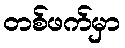
တစ်ဖက်မှာ